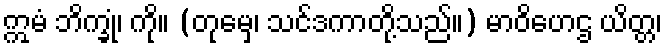
ဣမံ ဘိက္ခုံ၊ ကို။ (တုမှေ၊ သင်ဒကာတို့သည်။) မာဝိဟေဌ ယိတ္တ၊